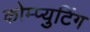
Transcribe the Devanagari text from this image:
कोम्प्युटिंग